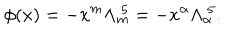
\phi ( x ) = - x ^ { m } \Lambda _ { m } ^ { ~ 5 } = - x ^ { \alpha } \Lambda _ { \alpha } ^ { ~ 5 } .